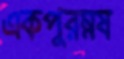
একপুরম্নষ